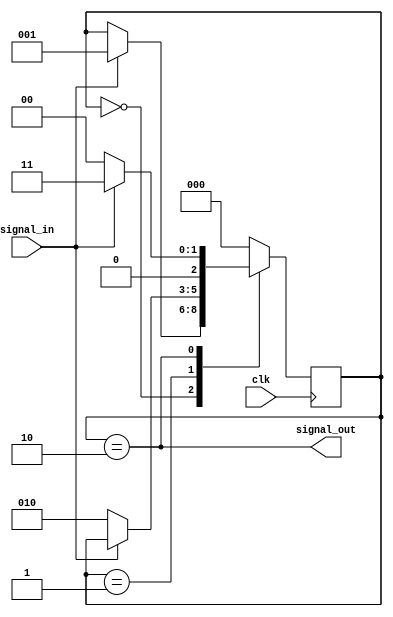
module debounce_circuit(
    input wire clk,
    input wire signal_in,
    output reg signal_out
);

reg [2:0] state;

parameter IDLE = 3'b000;
parameter WAIT_STABLE = 3'b001;
parameter VALID_TRANSITION = 3'b010;
parameter DEBOUNCE_SIGNAL = 3'b011;

always @(posedge clk) begin
    case(state)
        IDLE: begin
            if (signal_in == 1'b1) begin
                state <= WAIT_STABLE;
            end
        end
        WAIT_STABLE: begin
            if (signal_in == 1'b0) begin
                state <= VALID_TRANSITION;
            end
        end
        VALID_TRANSITION: begin
            if (signal_in == 1'b1) begin
                state <= DEBOUNCE_SIGNAL;
            end else begin
                state <= IDLE;
            end
        end
        DEBOUNCE_SIGNAL: begin
            state <= IDLE;
        end
        default: begin
            state <= IDLE;
        end
    endcase
end

assign signal_out = (state == VALID_TRANSITION);

endmodule